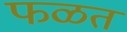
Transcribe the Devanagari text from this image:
फळतं